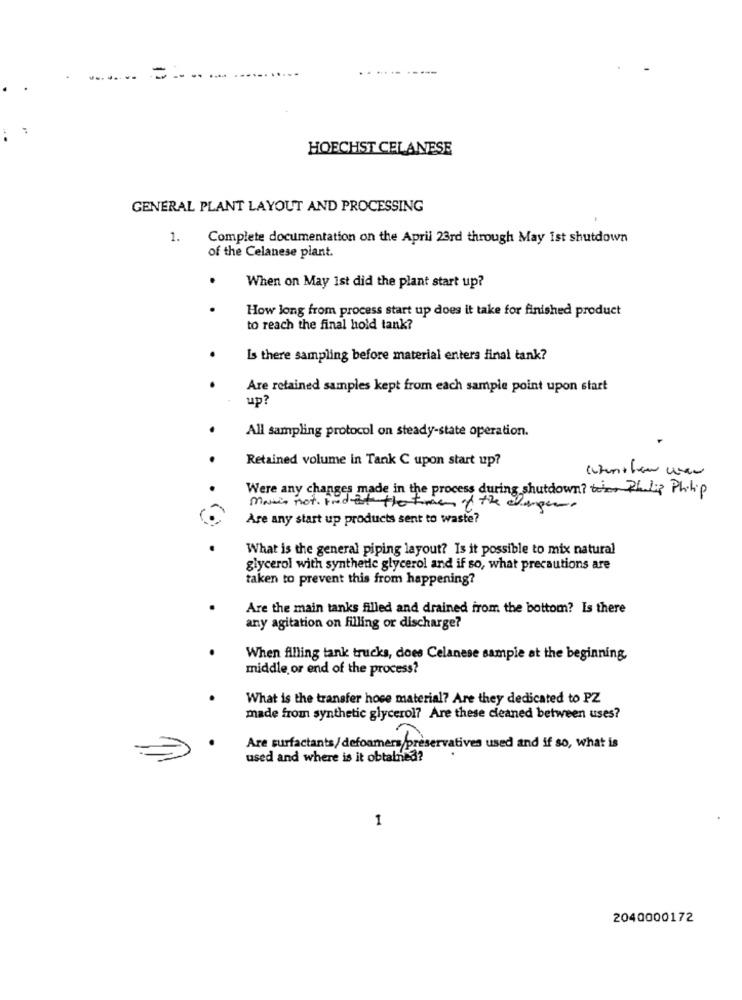
=
HOECHST CELANESE
GENERAL PLANT LAYOUT AND PROCESSING
1.
Complete documentation on the April 23rd through May Ist shutdown
of the Celanese plant.
When on May 1st did the plant start up?
How long from process start up does it take for finished product
to reach the final hold tank?
Is there sampling before material enters final tank?
Are retained samples kept from each sample point upon start
up?
All sampling protocol on steady-state operation.
Retained volume in Tank C upon start up?
Were any changes made in the process during shutdown? toer Philip Philip
masis not. trodsat the time of the charger
Are any start up products sent to waste?
What is the general piping layout? Is it possible to mix natural
glycerol with synthetle glycerol and if so, what precautions are
taken to prevent this from happening?
Are the main tanks filled and drained from the bottom? Is there
any agitation on filling or discharge?
When filling tank trucks, does Celanese sample at the beginning,
middle or end of the process?
What is the transfer hoce material? Are they dedicated to PZ
made from synthetic glycerol? Are these cleaned between uses?
Are surfactants/defoamers/preservatives used and if so, what is
used and where is it obtained?
1
2040000172